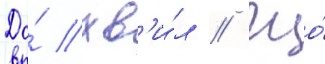
До́ хв'и́л // Що́